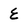
Character: E